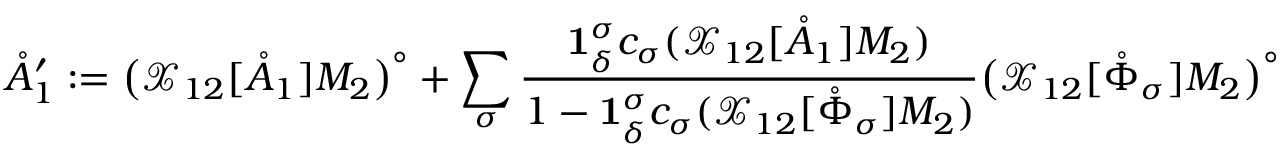
\mathring { A } _ { 1 } ^ { \prime } : = \big ( \mathcal { X } _ { 1 2 } [ \mathring { A } _ { 1 } ] M _ { 2 } \big ) ^ { \circ } + \sum _ { \sigma } \frac { \mathbf { 1 } _ { \delta } ^ { \sigma } c _ { \sigma } ( \mathcal { X } _ { 1 2 } [ \mathring { A } _ { 1 } ] M _ { 2 } ) } { 1 - \mathbf { 1 } _ { \delta } ^ { \sigma } c _ { \sigma } ( \mathcal { X } _ { 1 2 } [ \mathring { \Phi } _ { \sigma } ] M _ { 2 } ) } \big ( \mathcal { X } _ { 1 2 } [ \mathring { \Phi } _ { \sigma } ] M _ { 2 } \big ) ^ { \circ }